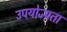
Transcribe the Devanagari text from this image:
उपयोज्यता